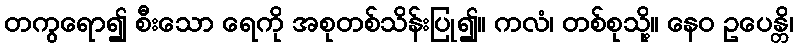
တကွရော၍ စီးသော ရေကို အစုတစ်သိန်းပြု၍။ ကလံ၊ တစ်စုသို့။ နေဝ ဥပေန္တိ၊